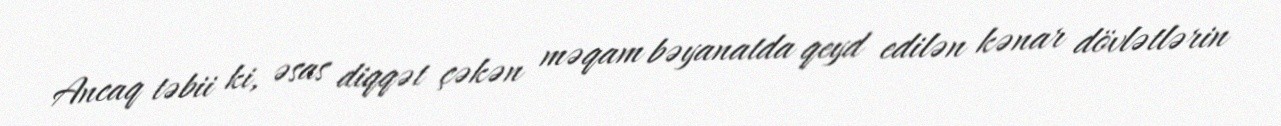
Ancaq təbii ki, əsas diqqət çəkən məqam bəyanatda qeyd edilən kənar dövlətlərin